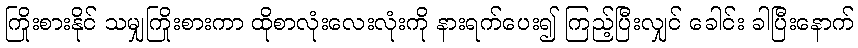
ကြိုးစားနိုင် သမျှကြိုးစားကာ ထိုစာလုံးလေးလုံးကို နားရက်ပေး၍ ကြည့်ပြီးလျှင် ခေါင်း ခါပြီးနောက်